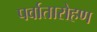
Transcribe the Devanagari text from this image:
पर्वातारोहण